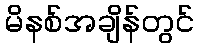
မိနစ်အချိန်တွင်